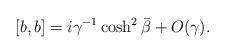
LaTeX: \begin{align*} [b, b] =i\gamma^{-1}\cosh^2\bar{\beta}+O(\gamma).\end{align*}